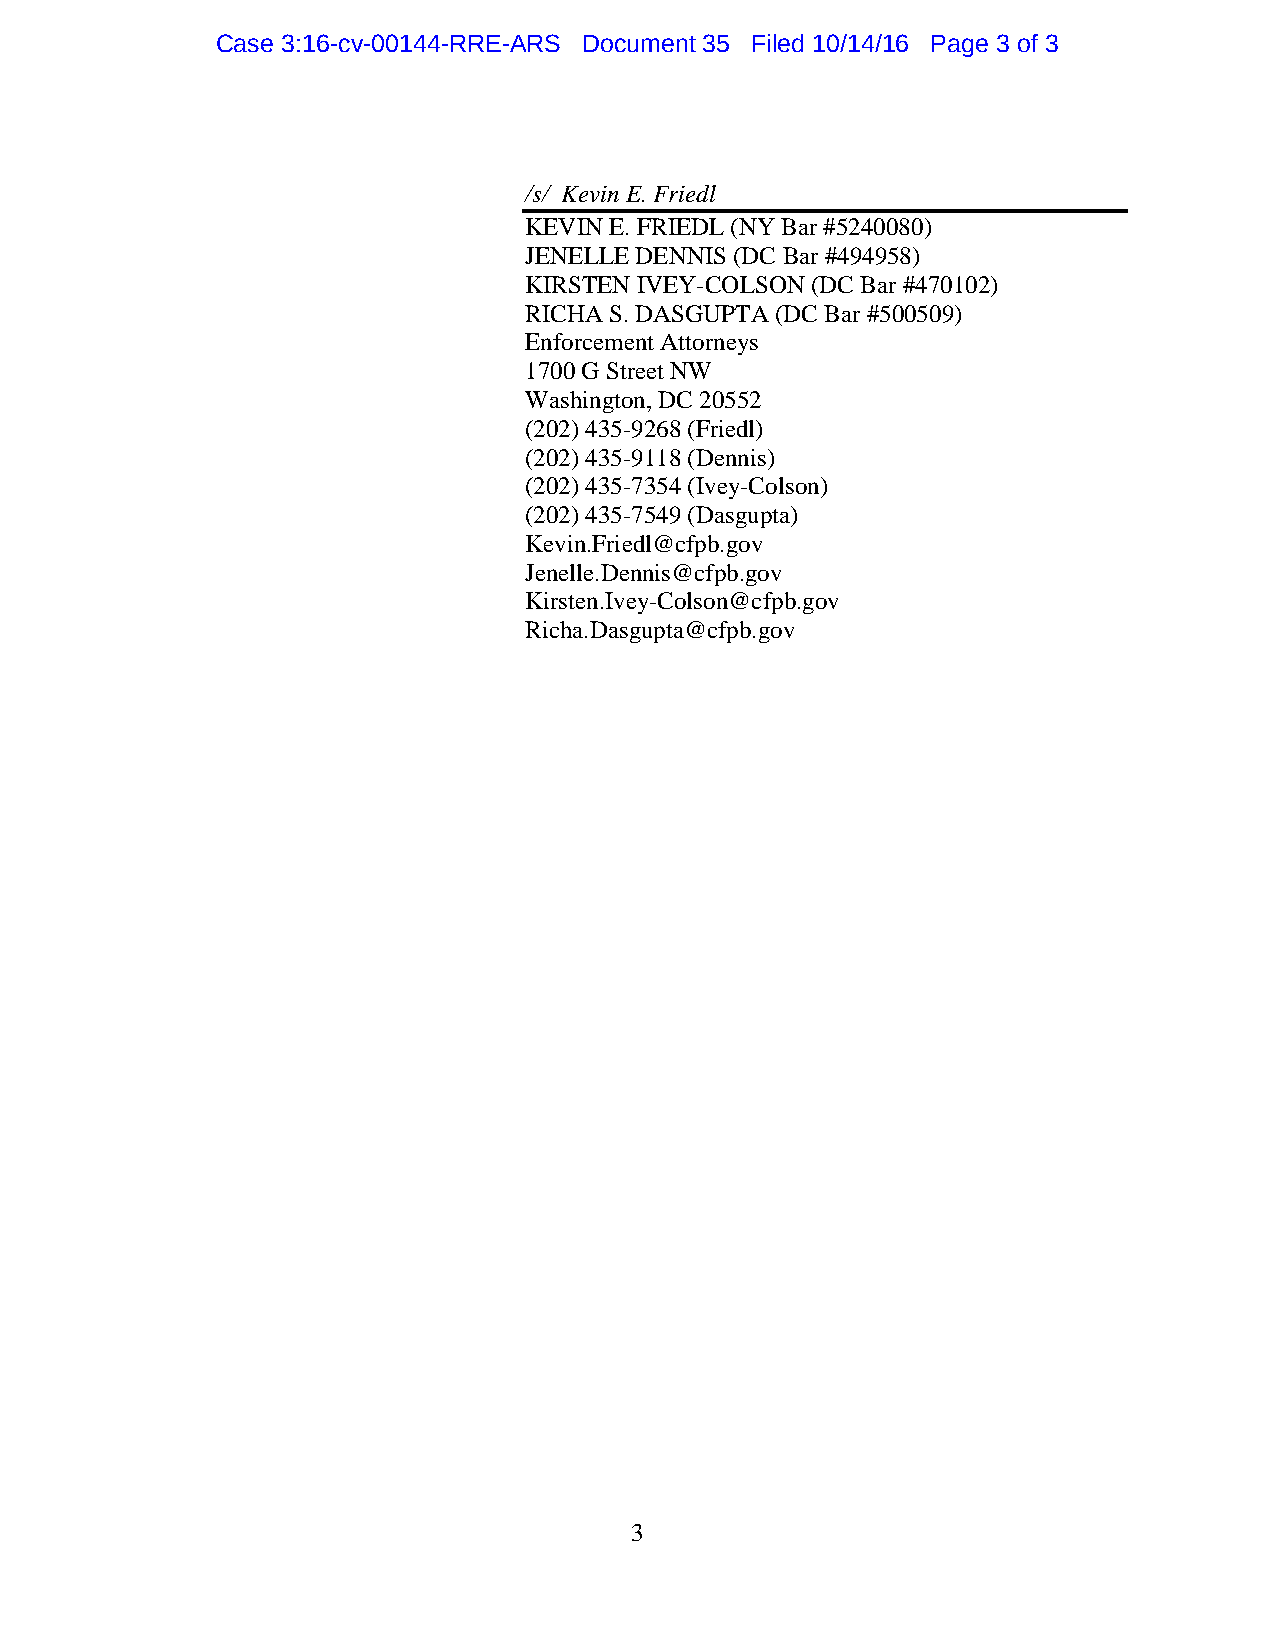
Case 3:16-cv-00144-RRE-ARS Document 35 Filed 10/14/16 Page 3 of 3
 /s/ Kevin E. Friedl
 KEVIN E. FRIEDL (NY Bar #5240080)
 JENELLE DENNIS (DC Bar #494958)
 KIRSTEN IVEY-COLSON (DC Bar #470102)
 RICHA S. DASGUPTA (DC Bar #500509)
 Enforcement Attorneys
 1700 G Street NW
 Washington, DC 20552
 (202) 435-9268 (Friedl)
 (202) 435-9118 (Dennis)
 (202) 435-7354 (Ivey-Colson)
 (202) 435-7549 (Dasgupta)
 Kevin.Friedl@cfpb.gov
 Jenelle.Dennis@cfpb.gov
 Kirsten.Ivey-Colson@cfpb.gov
 Richa.Dasgupta@cfpb.gov
 3